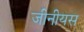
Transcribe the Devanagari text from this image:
जीनीयस